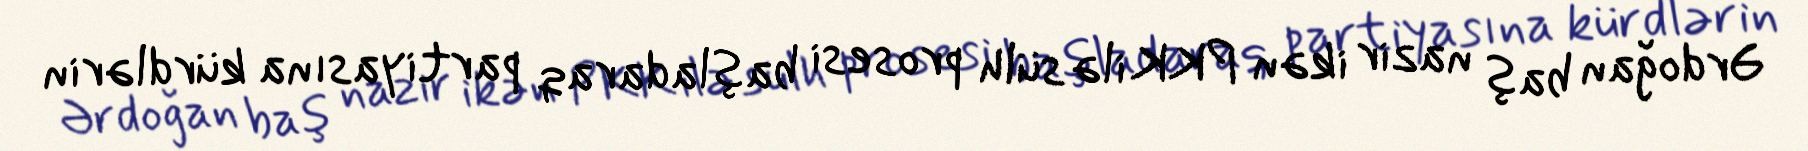
Ərdoğan baş nazir ikən PKK ilə sülh prosesi başladaraq partiyasına kürdlərin